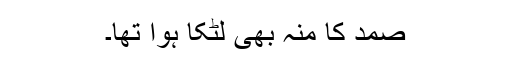
صمد کا منہ بھی لٹکا ہوا تھا۔